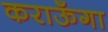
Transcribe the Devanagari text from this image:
कराऊँगा